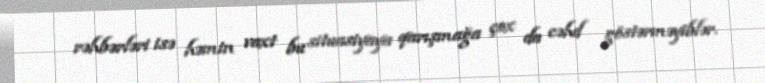
rəhbərləri isə həmin vaxt bu situasiyaya qarışmağa çox da cəhd göstərməyiblər.